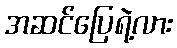
အဆင်ပြေရဲ့လား